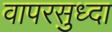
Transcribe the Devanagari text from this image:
वापरसुध्दा